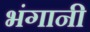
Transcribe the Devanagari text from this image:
भंगानी